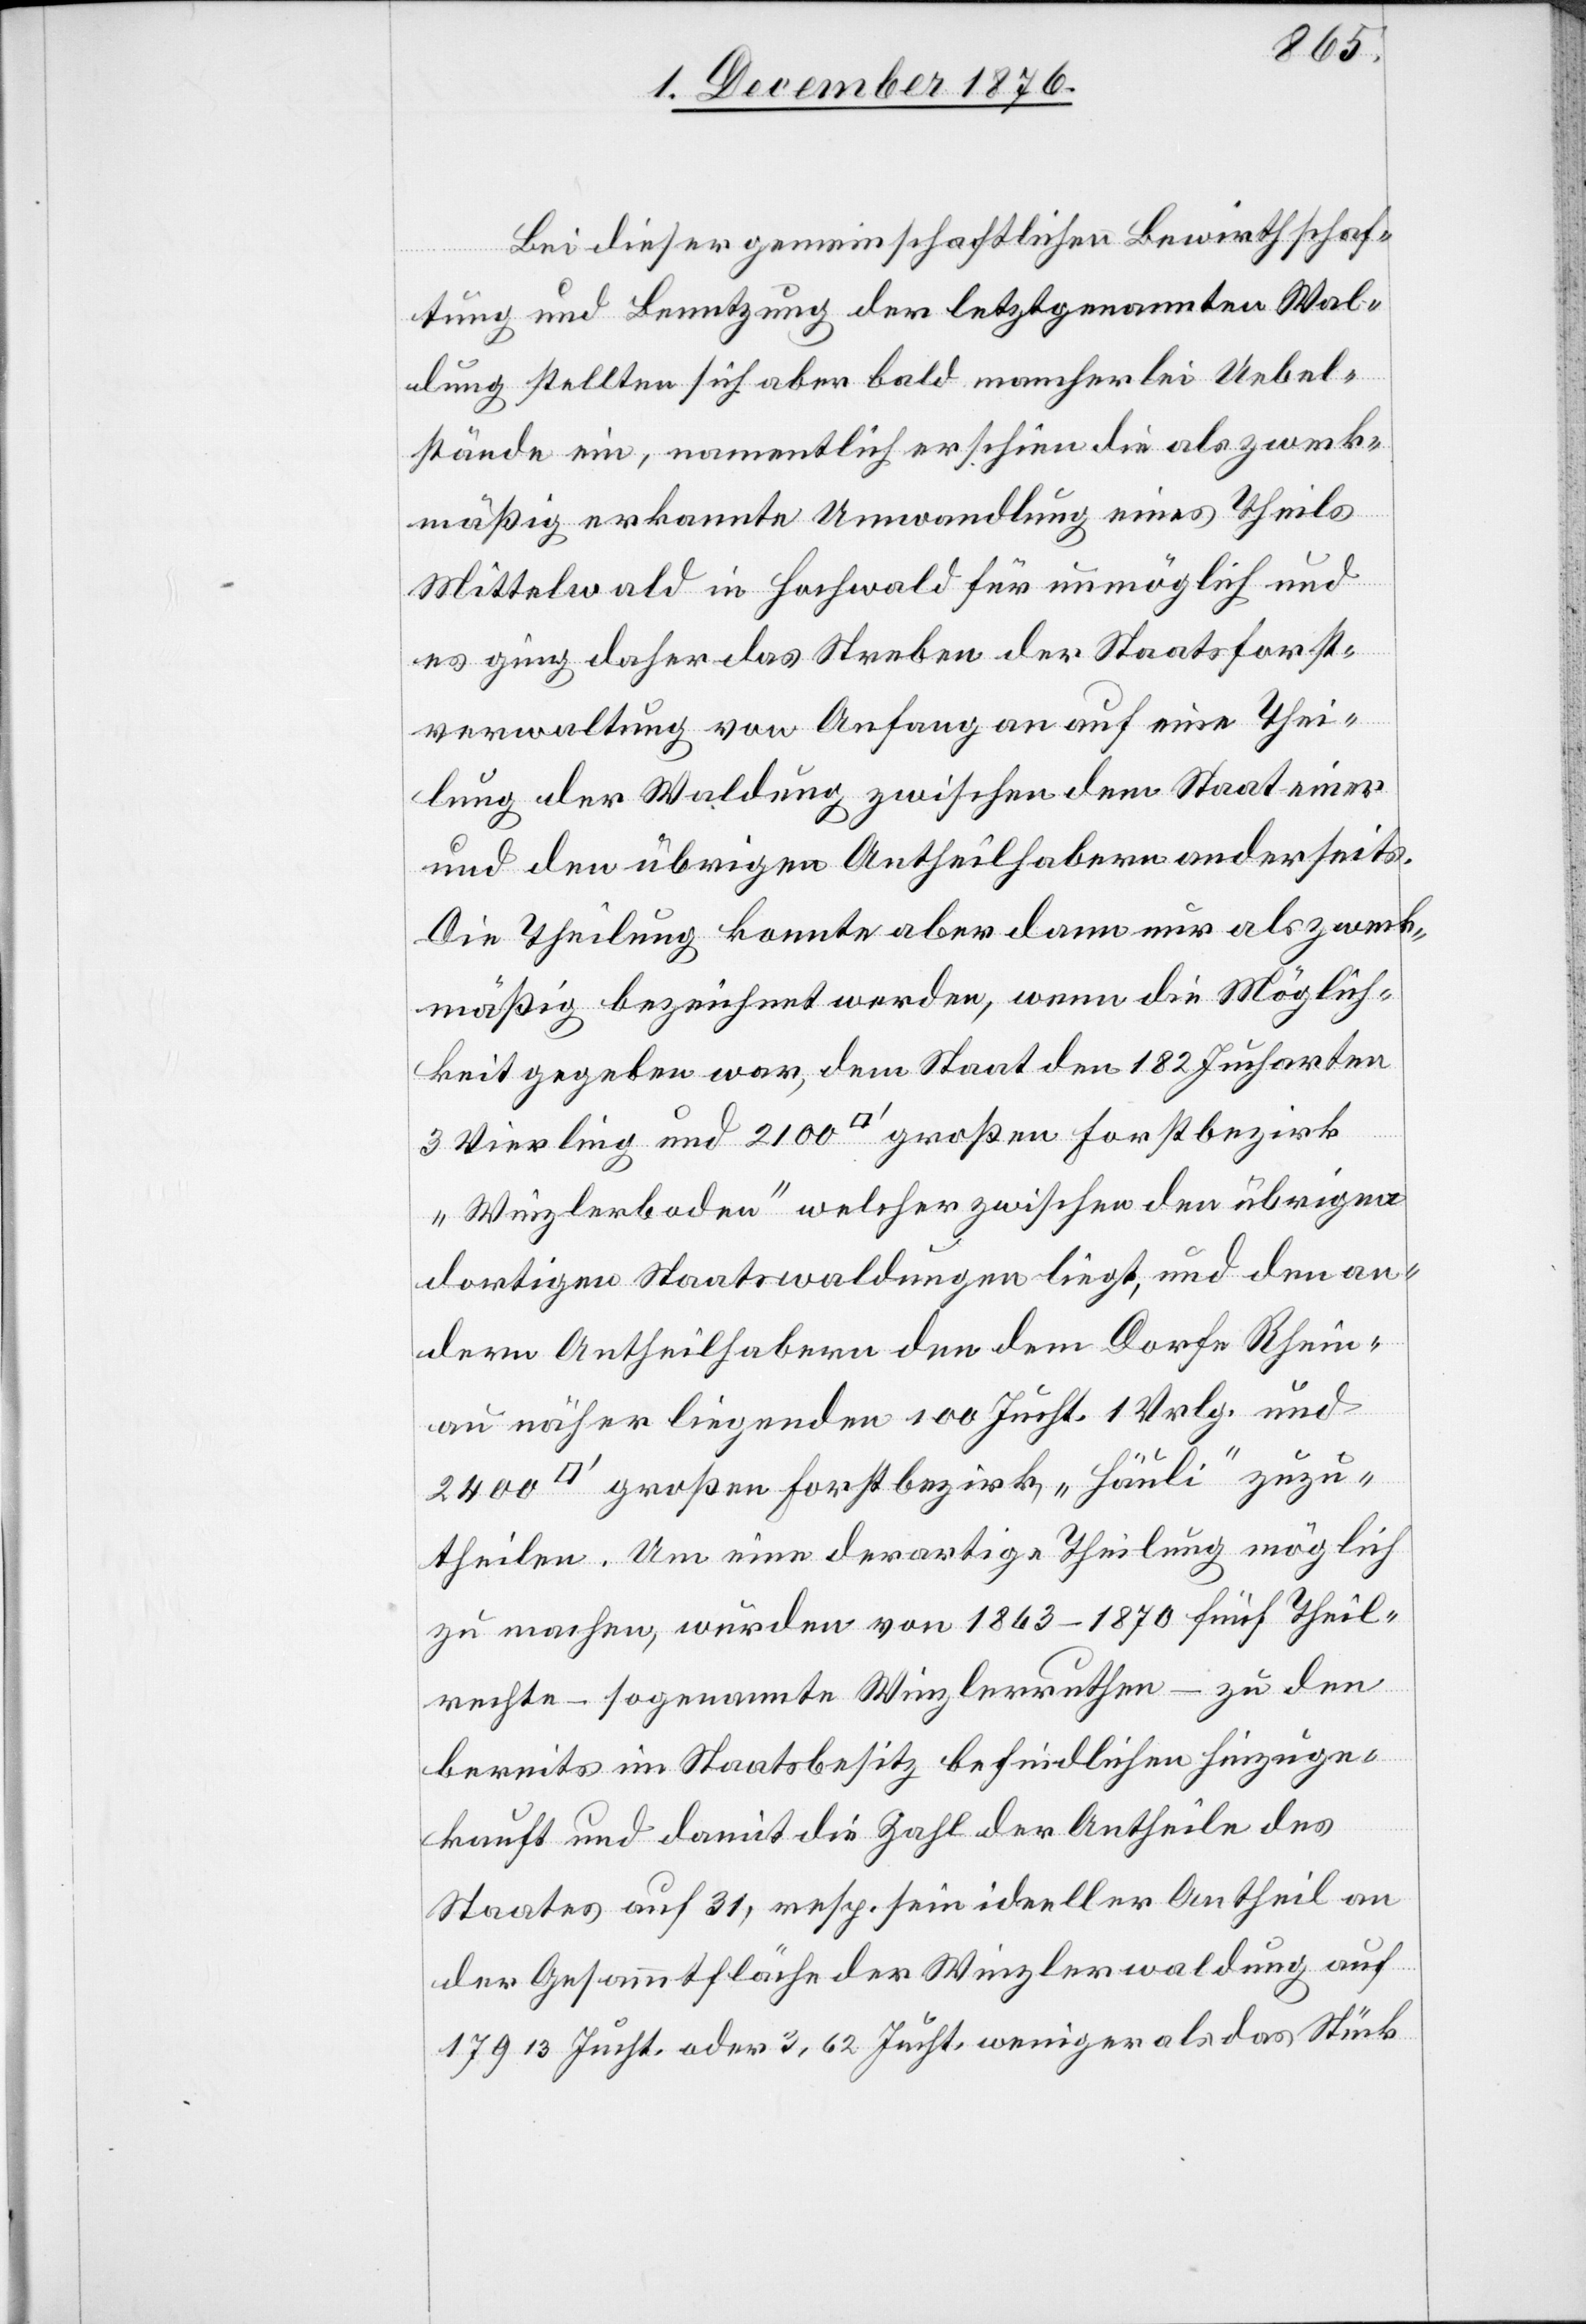
Bei dieser gemeinschaftlichen Bewirthschaf¬
tung und Benutzung der letztgenannten Wal¬
dung stellten sich aber bald mancherlei Uebel¬
stände ein, namentlich erschien die als zweck¬
mäßig erkannte Umwandlung eines Theils
Mittelwald in Hochwald für unmöglich und
es ging daher das Streben der Staatsforst¬
verwaltung von Anfang an auf eine Thei¬
lung der Waldung zwischen dem Staat einer
und den übrigen Antheilhabern anderseits.
Die Theilung konnte aber dann nur als zweck¬
mäßig bezeichnet werden, wenn die Möglich¬
keit gegeben war, dem Staat den 182 Jucharten
3 Vierling und 2100 [Quadratfuß] großen Forstbezirk
„Winzlerboden“ [sic!] welcher zwischen den übrigen
dortigen Staatswaldungen liegt, und den an¬
dern Antheilhabern den dem Dorfe Rhein¬
au näher liegenden 100 Jucht. 1 Vrlg. und
uß] großen Forstbezirk „Hörnli“ zuzu¬
theilen. Um eine derartige Theilung möglich
zu machen, wurden von 1863–1870 fünf Theil¬
rechte – sogenannte Winzlerrechte – zu den
bereits im Staatsbesitz befindlichen hinzuge¬
kauft und damit die Zahl der Antheile des
Staates auf 31, resp. sein ideeller Antheil von
der Gesammtfläche der Winzlerwaldung auf
17913 Jucht. oder 3,62 Jucht. weniger als das Stück

[Quadratf¬